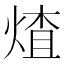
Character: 𬊩